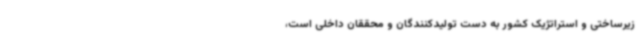
زیرساختی و استراتژیک کشور به دست تولیدکنندگان و محققان داخلی است،